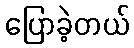
ပြောခဲ့တယ်